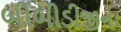
બીબીડીજીના